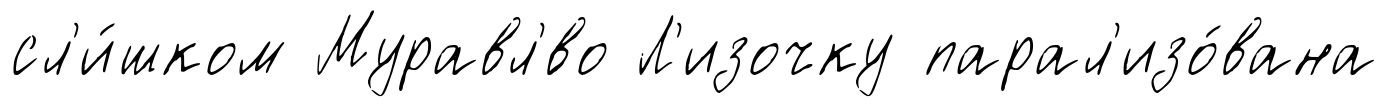
сл'и́шком Муравл'́во Л'изочку парал'изо́вана